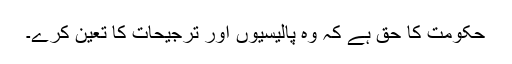
حکومت کا حق ہے کہ وہ پالیسیوں اور ترجیحات کا تعین کرے۔